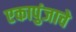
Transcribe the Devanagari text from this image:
एकापुंजाचे